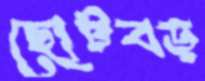
ছোটবড়